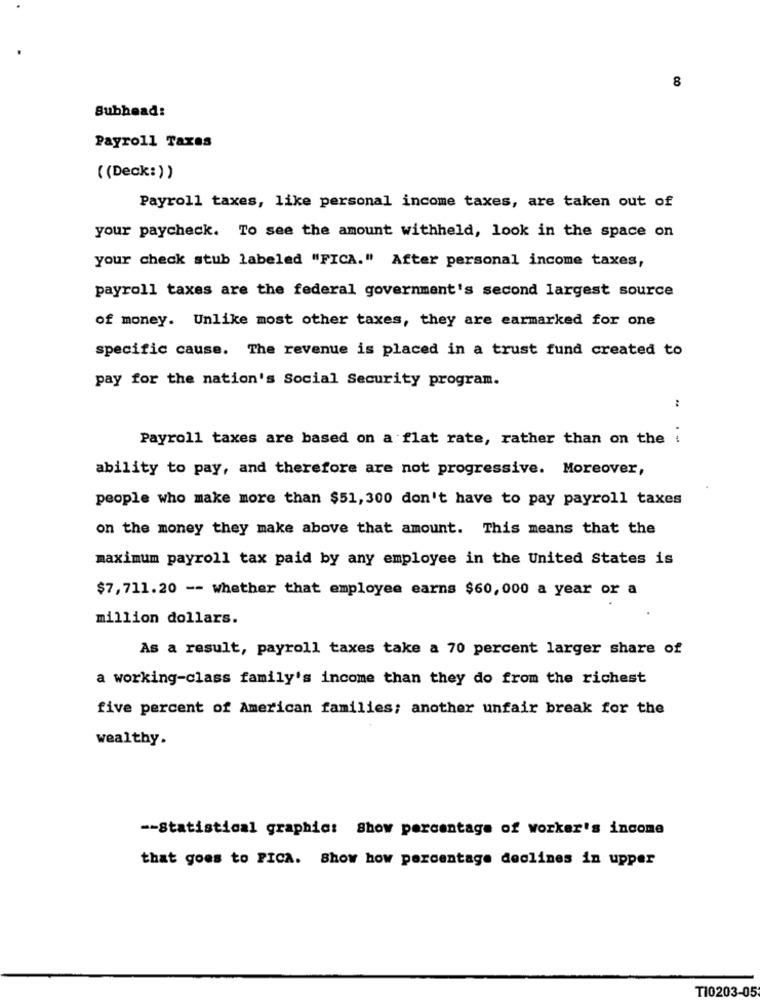
8
Subhead:
Payroll Taxas
((Deck:))
Payroll taxes, like personal income taxes, are taken out of
your paycheck. To see the amount withheld, look in the space on
your check stub labeled "FICA." After personal income taxes,
payroll taxes are the federal government's second largest source
of money. Unlike most other taxes, they are earmarked for one
specific cause. The revenue is placed in a trust fund created to
pay for the nation's Social Security program.
Payroll taxes are based on a flat rate, rather than on the .
ability to pay, and therefore are not progressive. Moreover,
people who make more than $51, 300 don't have to pay payroll taxes
on the money they make above that amount. This means that the
maximum payroll tax paid by any employee in the United States is
$7, 711.20 -- whether that employee earns $60,000 a year or a
million dollars.
As a result, payroll taxes take a 70 percent larger share of
a working-class family's income than they do from the richest
five percent of American families; another unfair break for the
wealthy.
-- Statistical graphic: Show percentage of worker's income
that goes to PICA. Show how percentage declines in upper
T10203-05